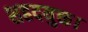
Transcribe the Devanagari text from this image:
शहदयुक्त।